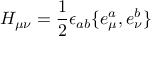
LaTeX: H _ { \mu \nu } = \frac 1 2 \epsilon _ { a b } \{ e _ { \mu } ^ { a } , e _ { \nu } ^ { b } \}